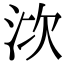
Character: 𣳩